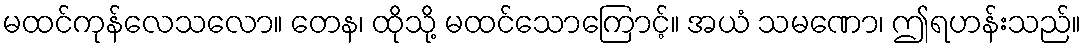
မထင်ကုန်လေသလော။ တေန၊ ထိုသို့ မထင်သောကြောင့်။ အယံ သမဏော၊ ဤရဟန်းသည်။